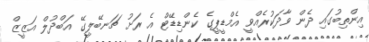
އިންތިބުގައި ދެން ވާދަކުރެއްވީ އެމްޑީޕީގެ ކެންޑިޑޭޓް އެ ރަށު ޗަނބޭލީގޭ އަބްދުލް އަޒީޒް